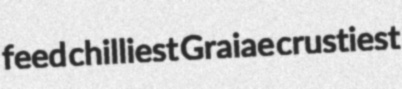
feed chilliest Graiae crustiest